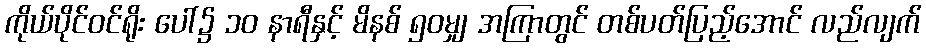
ကိုယ်ပိုင်ဝင်ရိုး ပေါ်၌ ၁၀ နာရီနှင့် မိနစ် ၅၀မျှ အကြာတွင် တစ်ပတ်ပြည့်အောင် လည်လျက်